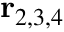
\mathbf { r } _ { 2 , 3 , 4 }